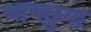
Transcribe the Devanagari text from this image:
थानछुमा